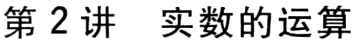
第2讲  实数的运算